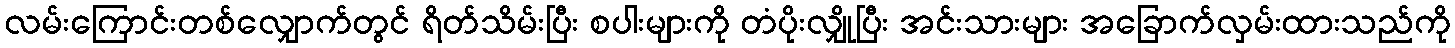
လမ်းကြောင်းတစ်လျှောက်တွင် ရိတ်သိမ်းပြီး စပါးများကို တံပိုးလျှိုပြီး အင်းသားများ အခြောက်လှမ်းထားသည်ကို